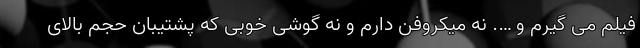
فیلم می گیرم و …. نه میکروفن دارم و نه گوشی خوبی که پشتیبان حجم بالای